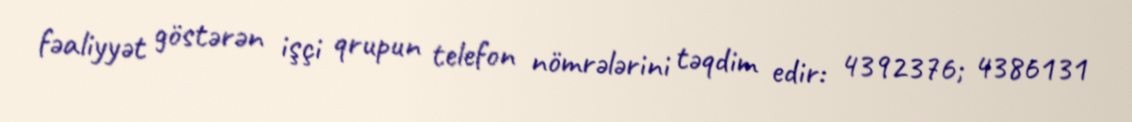
fəaliyyət göstərən işçi qrupun telefon nömrələrini təqdim edir: 4392376; 4386131